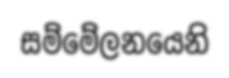
සම්මේලනයෙනි